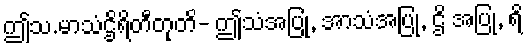
ဤသ.မာသံဌိရိတီတုတိ- ဤသံအပြု, အာသံအပြု, ဌိ အပြု, ရိ